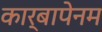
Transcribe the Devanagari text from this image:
कार्बापेनम